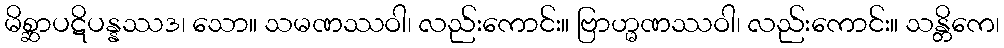
မိစ္ဆာပဋိပန္နဿဒ၊ သော။ သမဏဿဝါ၊ လည်းကောင်း။ ဗြာဟ္မဏဿဝါ၊ လည်းကောင်း။ သန္တိကေ၊